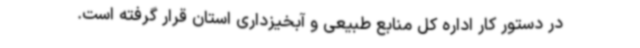
در دستور کار اداره کل منابع طبیعی و آبخیزداری استان قرار گرفته است.